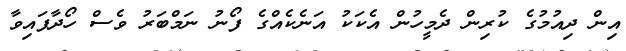
އިން ދިއުމުގެ ކުރިން ދެމީހުން އެކަކު އަނެކެއްގެ ފޯނު ނަމްބަރު ވެސް ހޯދާފައިވާ